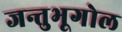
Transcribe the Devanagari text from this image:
जन्तुभूगोल